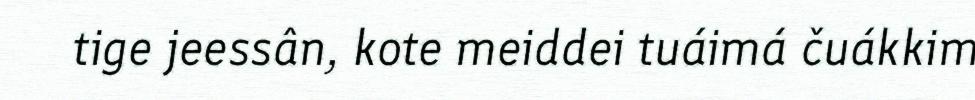
tige jeessân, kote meiddei tuáimá čuákkim